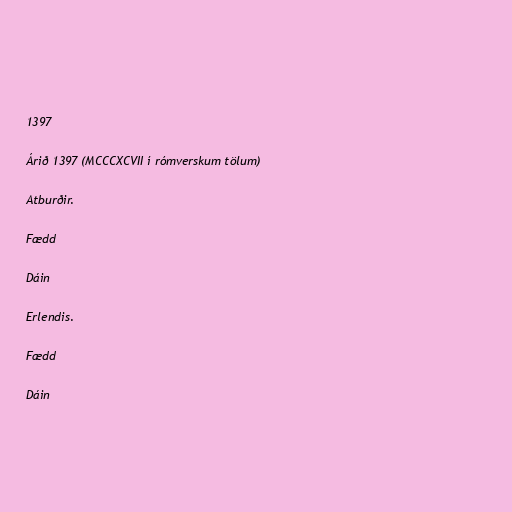
1397

Árið 1397 (MCCCXCVII í rómverskum tölum)

Atburðir.

Fædd

Dáin

Erlendis.

Fædd

Dáin